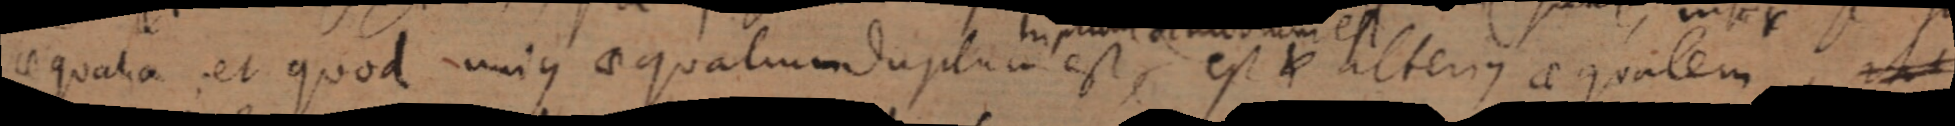
aequalia; et quod unique aequalum duplico est, est _ alterius aequalem vel